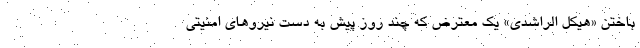
باختن «هیکل الراشدی» یک معترض که چند روز پیش به دست نیروهای امنیتی